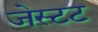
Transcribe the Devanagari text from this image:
जेस्टट